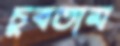
চুবতাম